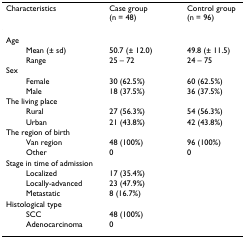
<table><thead><tr><td><b>Characteristics</b></td><td><b>Case group(n = 48)</b></td><td><b>Control group(n = 96)</b></td></tr></thead><tbody><tr><td>Age</td><td></td><td></td></tr><tr><td>Mean (± sd)</td><td>50.7 (± 12.0)</td><td>49.8 (± 11.5)</td></tr><tr><td>Range</td><td>25 – 72</td><td>24 – 75</td></tr><tr><td>Sex</td><td></td><td></td></tr><tr><td>Female</td><td>30 (62.5%)</td><td>60 (62.5%)</td></tr><tr><td>Male</td><td>18 (37.5%)</td><td>36 (37.5%)</td></tr><tr><td>The living place</td><td></td><td></td></tr><tr><td>Rural</td><td>27 (56.3%)</td><td>54 (56.3%)</td></tr><tr><td>Urban</td><td>21 (43.8%)</td><td>42 (43.8%)</td></tr><tr><td>The region of birth</td><td></td><td></td></tr><tr><td>Van region</td><td>48 (100%)</td><td>96 (100%)</td></tr><tr><td>Other</td><td>0</td><td>0</td></tr><tr><td>Stage in time of admission</td><td></td><td></td></tr><tr><td>Localized</td><td>17 (35.4%)</td><td></td></tr><tr><td>Locally-advanced</td><td>23 (47.9%)</td><td></td></tr><tr><td>Metastatic</td><td>8 (16.7%)</td><td></td></tr><tr><td>Histological type</td><td></td><td></td></tr><tr><td>SCC</td><td>48 (100%)</td><td></td></tr><tr><td>Adenocarcinoma</td><td>0</td><td></td></tr></tbody></table>